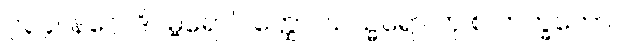
၇၃၄။ နဂ္ဂေါ ဒိဂမ္ဗရော’ဝတ္ထော၊ ဃသ္မရော တု စ ဘက္ခကော။